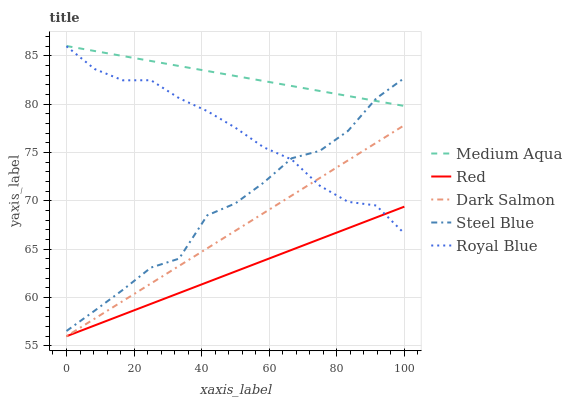
| xaxis_label | Medium Aqua | Red | Dark Salmon | Steel Blue | Royal Blue |
 | --- | --- | --- | --- | --- | --- |
 | 0 | 86 | 56 | 56 | 56.5 | 86 |
 | 8.33 | 85.5 | 57.1 | 57.8 | 58.6 | 83.6 |
 | 16.7 | 85 | 58.2 | 59.6 | 60.8 | 82.5 |
 | 25 | 84.5 | 59.3 | 61.5 | 63.1 | 82.5 |
 | 33.3 | 83.9 | 60.5 | 63.3 | 64 | 80.6 |
 | 41.7 | 83.4 | 61.6 | 65.1 | 68.5 | 79.3 |
 | 50 | 82.9 | 62.7 | 66.9 | 69.7 | 77.6 |
 | 58.3 | 82.4 | 63.8 | 68.7 | 71.9 | 75.5 |
 | 66.7 | 81.9 | 64.9 | 70.5 | 74.4 | 74.3 |
 | 75 | 81.4 | 66 | 72.4 | 75.2 | 71.6 |
 | 83.3 | 80.8 | 67.2 | 74.2 | 77.2 | 69.9 |
 | 91.7 | 80.3 | 68.3 | 76 | 80.6 | 69.5 |
 | 100 | 79.8 | 69.4 | 77.8 | 82.7 | 66.6 |